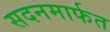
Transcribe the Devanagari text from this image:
सदनमार्फत